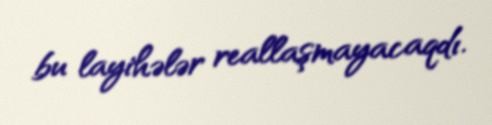
bu layihələr reallaşmayacaqdı.